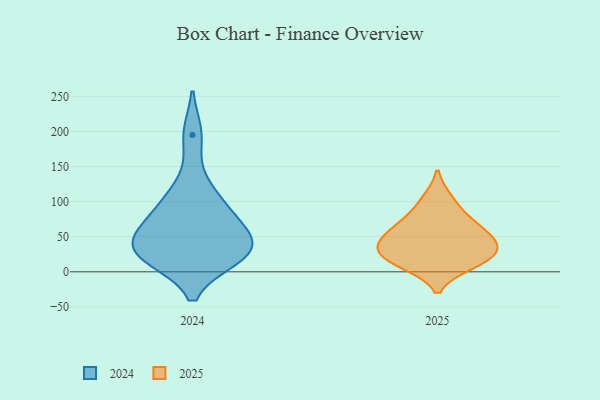
{"axis": {"x": "Energy Usage (MWh)", "y": "Value"}, "legend": ["2024", "2025"], "data": [{"x": "", "y": 76, "type": "2025"}, {"x": "", "y": 43, "type": "2025"}, {"x": "", "y": 10, "type": "2025"}, {"x": "", "y": 38, "type": "2025"}, {"x": "", "y": 31, "type": "2025"}, {"x": "", "y": 53, "type": "2025"}, {"x": "", "y": 66, "type": "2025"}, {"x": "", "y": 23, "type": "2025"}, {"x": "", "y": 12, "type": "2025"}, {"x": "", "y": 104, "type": "2025"}, {"x": "", "y": 93, "type": "2024"}, {"x": "", "y": 29, "type": "2024"}, {"x": "", "y": 41, "type": "2024"}, {"x": "", "y": 195, "type": "2024"}, {"x": "", "y": 79, "type": "2024"}, {"x": "", "y": 45, "type": "2024"}, {"x": "", "y": 25, "type": "2024"}, {"x": "", "y": 23, "type": "2024"}, {"x": "", "y": 65, "type": "2024"}, {"x": "", "y": 119, "type": "2024"}, {"x": "", "y": 21, "type": "2024"}]}